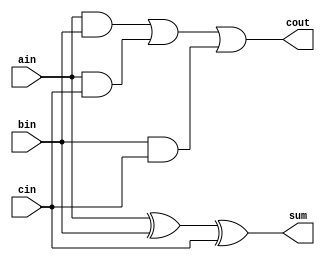
`timescale 1ns / 1ps
//////////////////////////////////////////////////////////////////////////////////
// Company: 
// Engineer: 
// 
// Design Name: 
// Module Name:    full_adder 
// Project Name: 
// Target Devices: 
// Tool versions: 
// Description: 
//
// Dependencies: 
//
// Revision: 
// Revision 0.01 - File Created
// Additional Comments: 
//
//////////////////////////////////////////////////////////////////////////////////
module full_adder(
    output cout,
    output sum,
    input ain,
    input bin,
    input cin
    );

    //assign bin2 = cin^bin; // XORing the inputs to bin with cin. If 1, subtract; if 0, add
    
    assign sum = ain^bin^cin;
    assign cout = (ain&bin) | (ain&cin) | (bin&cin);
endmodule